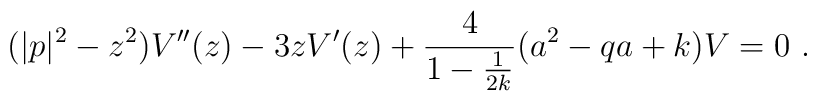
( |p|^2 - z^2 ) V''(z) - 3z V'(z) + \frac{4}{1 - \frac{1}{2k}}(a^2 - qa + k) V = 0 ~.